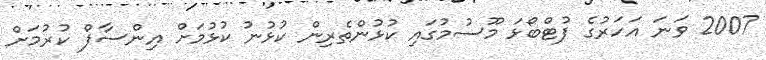
2007 ވަނަ އަހަރުގެ ފުޓްބޯޅަ މޫސުމުގައި ކުޅުންތެރިން ކުޅުނު ކުޅުމަށް އިންސާފް ކުރުމަށް